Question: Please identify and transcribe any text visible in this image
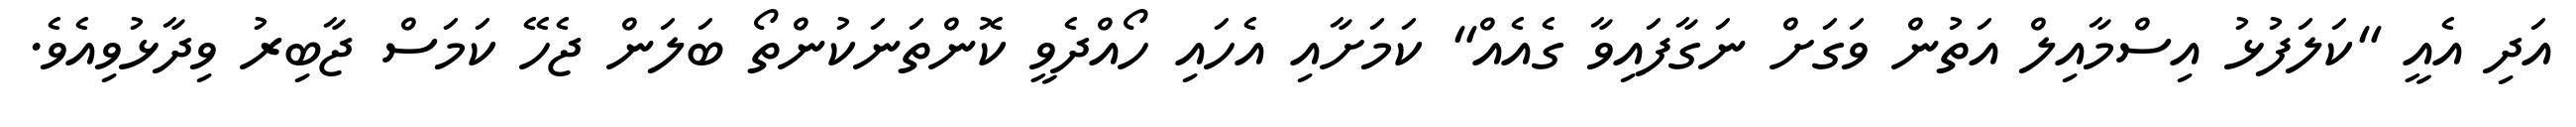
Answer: އަދި އެއީ "ކަލަފުޅު އިސްމާއިލް އަތުން ވަގަށް ނަގާފައިވާ ގެއެއް" ކަމަށާއި އެހައި ހޯއްދެވީ ކޮންތަނަކުންތޯ ބަލަން ޖެހޭ ކަމަސް ޖާބިރު ވިދާޅުވިއެވެ.